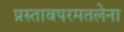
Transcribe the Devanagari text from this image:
प्रस्तावपरमतलेना